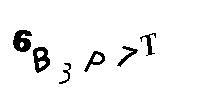
6B3P7T